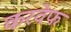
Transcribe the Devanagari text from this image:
करवेफ